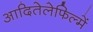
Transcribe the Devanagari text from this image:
आदितेलेफिल्में